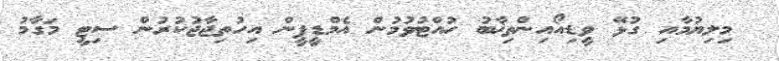
މިލިޔުމާއި ގުޅޭ ވީޑިއޯއިންތިޚާބު ހުއްޓުވުމުން އެމްޑީޕީން އިހުތިޖާޖުކުރުން ސިޓީ މަގާމު